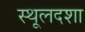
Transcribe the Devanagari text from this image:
स्थूलदशा